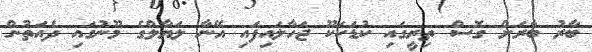
ބާރު ބާރަށް ގޮސް ތިރީގައި ކުޑަކަކޫ ޖަހާލައިފައި އޭނާ ލަޔާލްގެ މޫނުގައި ދެއަތުން